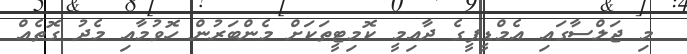
މި ޖަލްސާގައި އެމްޑީޕީގެ ދާއިމީ ކޮމިޓީތަކަށް މެންބަރުން ހޮވުމާއި މެދު ގޮތެއް